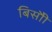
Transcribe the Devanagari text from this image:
बिसौी